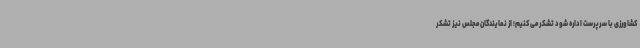
کشاورزی با سرپرست اداره شود تشکر می کنیم؛ از نمایندگان مجلس نیز تشکر